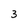
Character: 3